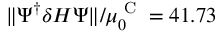
\Vert \Psi ^ { \dagger } \delta H \Psi \Vert / \mu _ { 0 } ^ { \textrm { C } } = 4 1 . 7 3